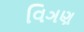
વિઞણ